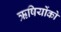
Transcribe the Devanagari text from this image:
ऋषियोंको